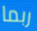
ربما